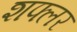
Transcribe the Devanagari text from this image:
शफ्लर